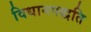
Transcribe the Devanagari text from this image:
विधानपद्धति